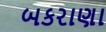
બકરાણા